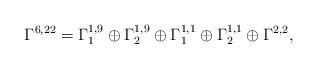
LaTeX: \begin{align*}\Gamma^{6,22} = \Gamma_1^{1,9}\oplus \Gamma_2^{1,9} \oplus \Gamma_1^{1,1}\oplus\Gamma_2^{1,1}\oplus\Gamma^{2,2},\end{align*}